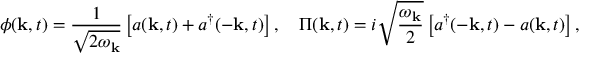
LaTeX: \phi ( \mathbf { k } , t ) = \frac { 1 } { \sqrt { 2 \omega _ { \mathbf { k } } } } \left[ a ( \mathbf { k } , t ) + a ^ { \dagger } ( - \mathbf { k } , t ) \right] , \quad \Pi ( \mathbf { k } , t ) = i \sqrt { \frac { \omega _ { \mathbf { k } } } { 2 } } \left[ a ^ { \dagger } ( - \mathbf { k } , t ) - a ( \mathbf { k } , t ) \right] ,